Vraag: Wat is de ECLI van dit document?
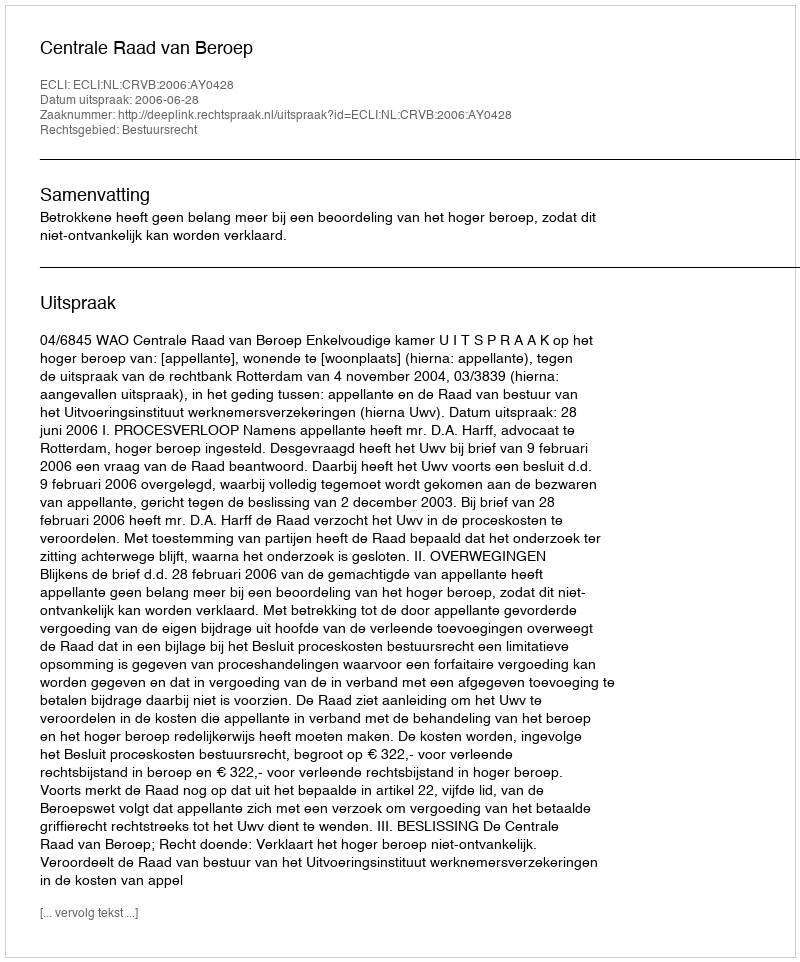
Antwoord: ECLI:NL:CRVB:2006:AY0428